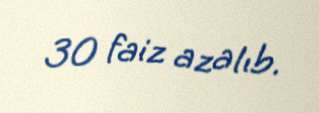
30 faiz azalıb.